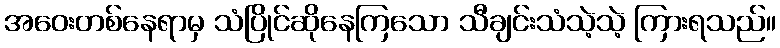
အဝေးတစ်နေရာမှ သံပြိုင်ဆိုနေကြသော သီချင်းသံသဲ့သဲ့ ကြားရသည်။